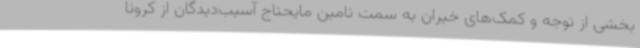
بخشی از توجه و کمک‌های خیران به سمت تامین مایحتاج آسیب‌دیدگان از کرونا